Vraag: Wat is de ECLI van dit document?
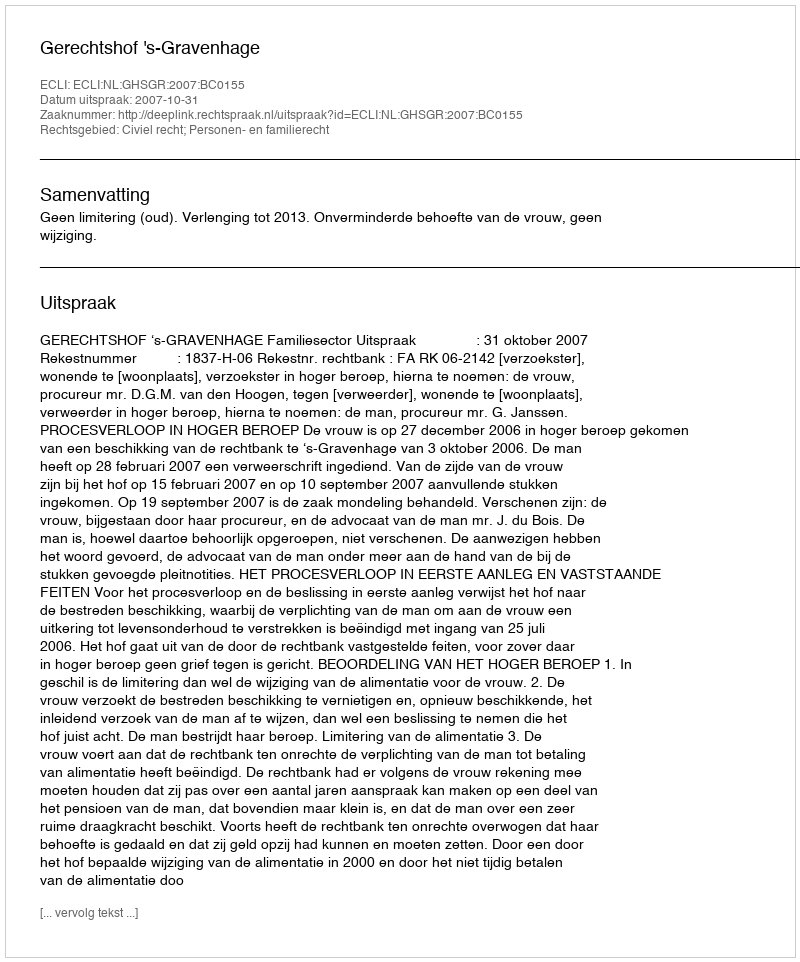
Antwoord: ECLI:NL:GHSGR:2007:BC0155